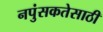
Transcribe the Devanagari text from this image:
नपुंसकतेसाठी